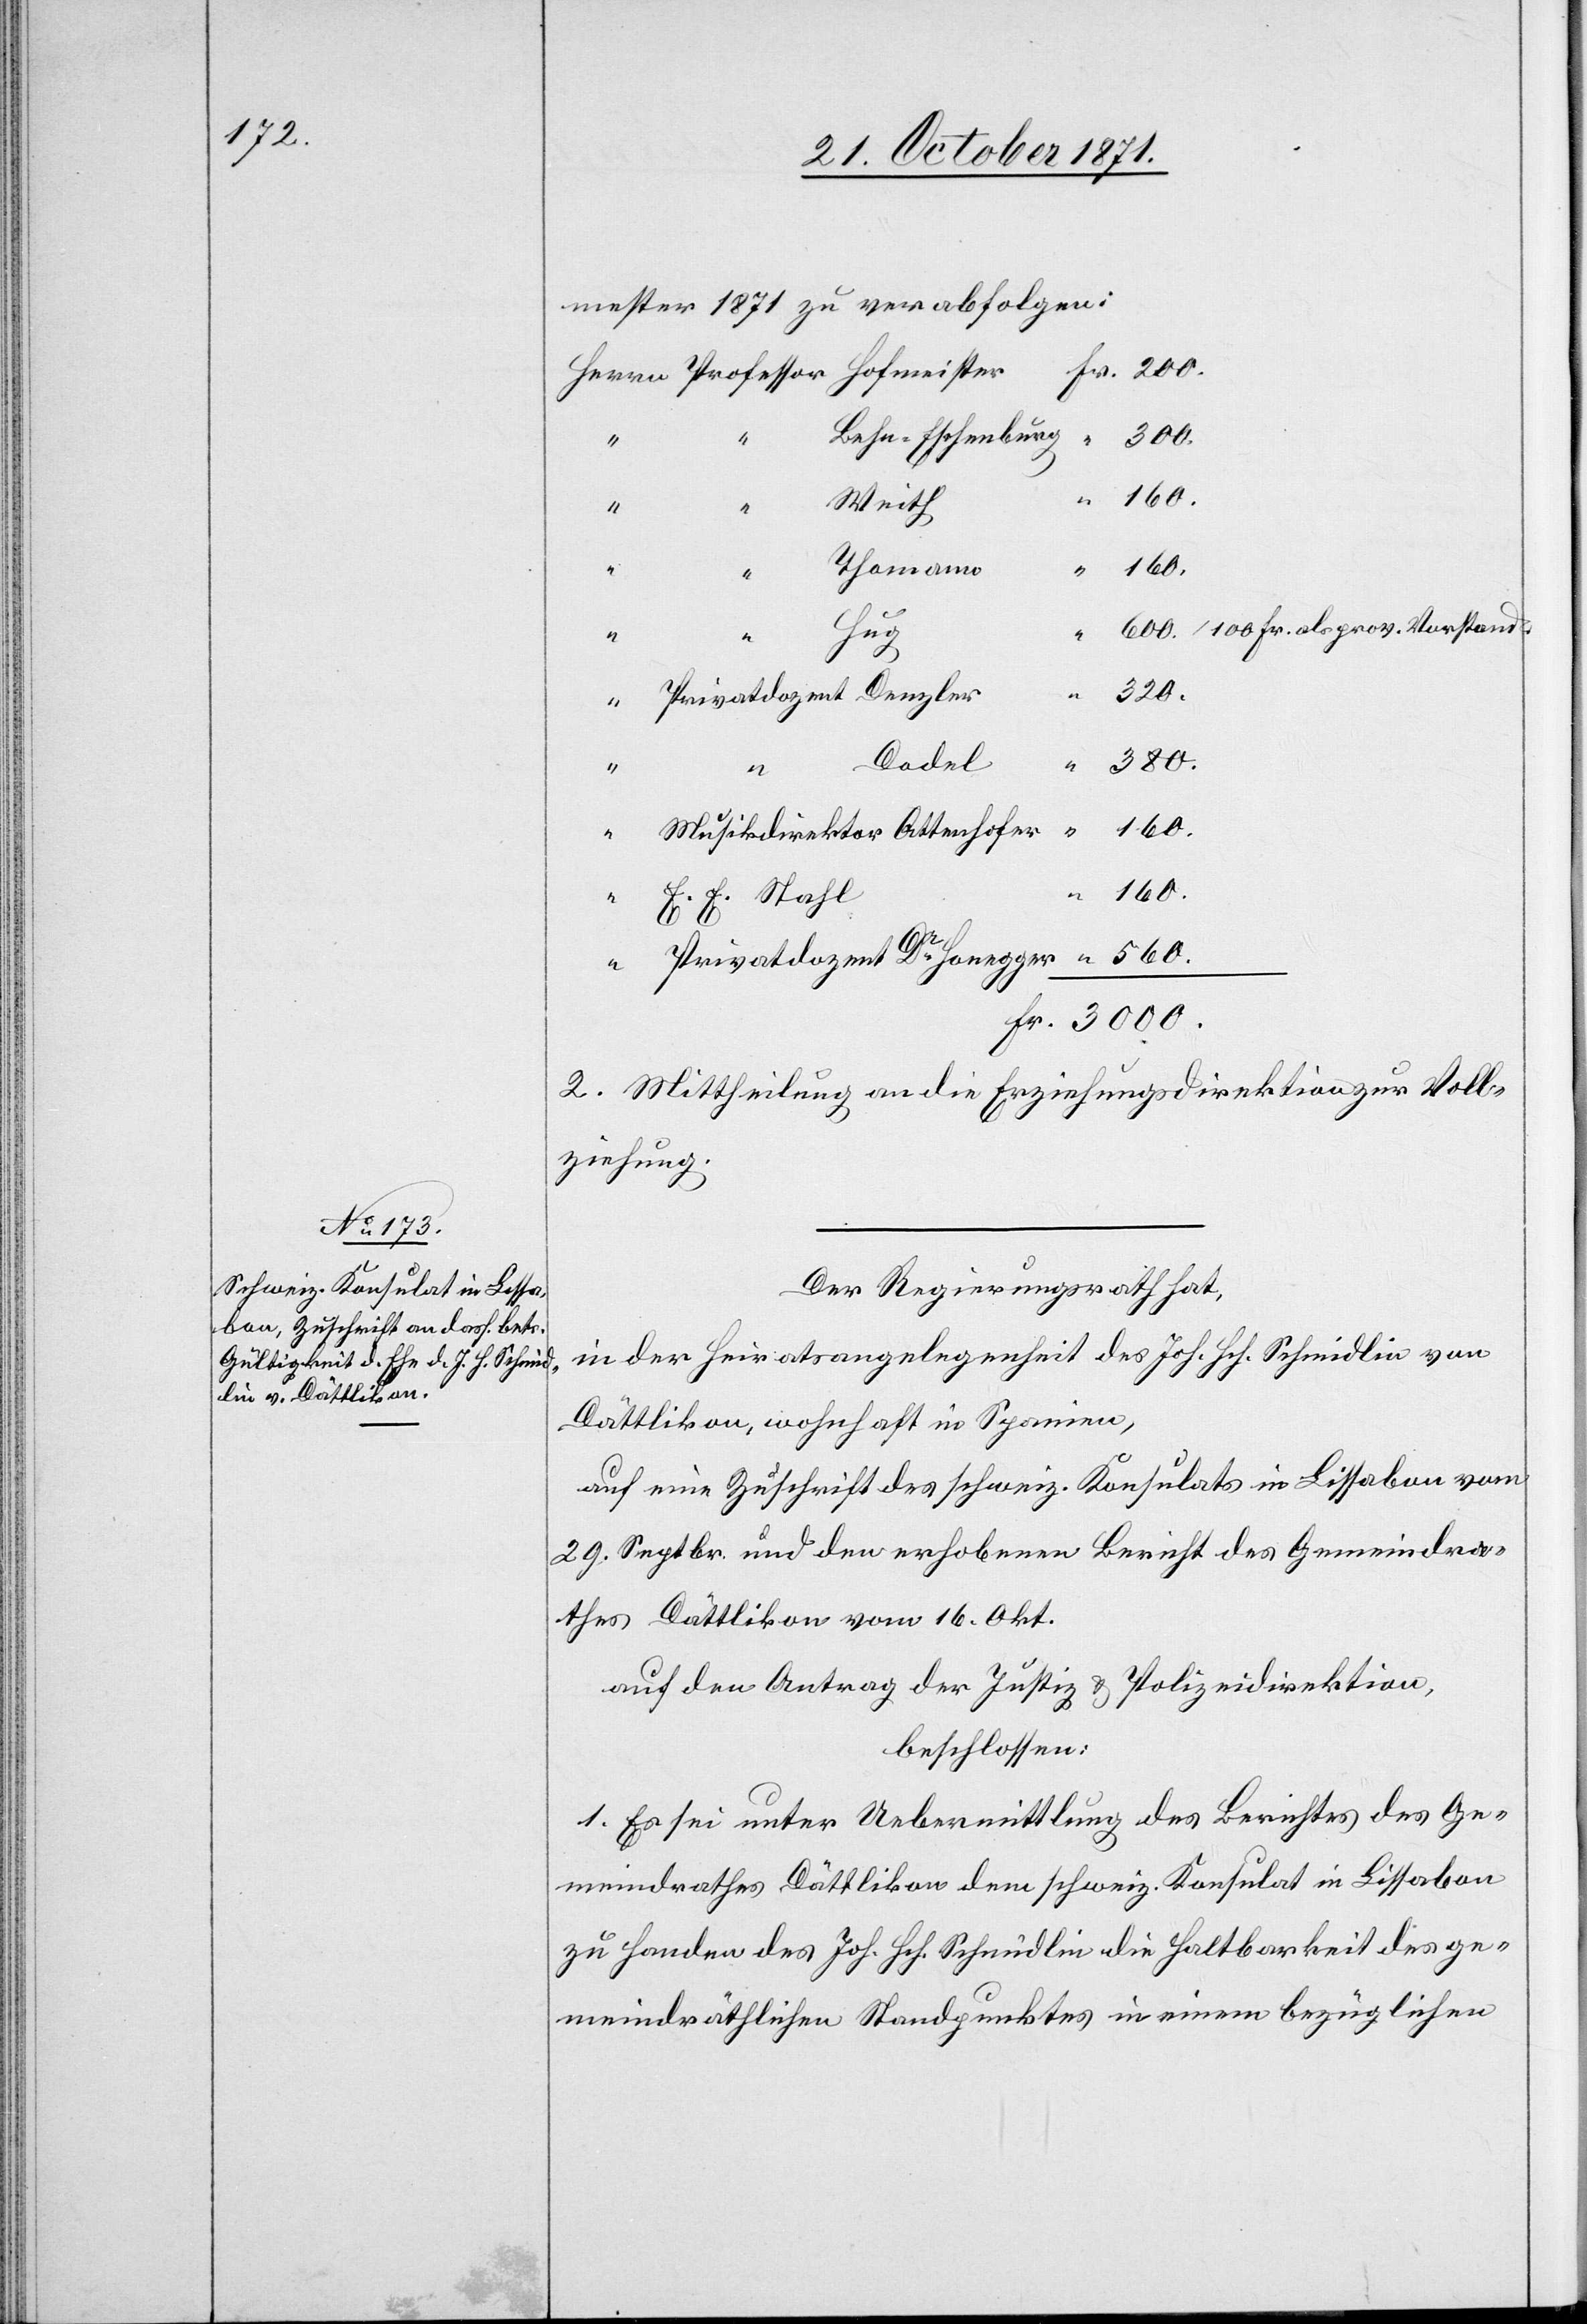
mester 1871 zu verabfolgen:
Behn-Eschenburg
“
3000.
160.
“
Weith
Thomann
160.
“
600. / 100 Fr. als prov. Vorstand.
Fr.
Dodel
380.
“
Honeg¬
“
560.
E. E. Stahl
2. Mittheilung an die Erziehungsdirektion zur Voll¬
ziehung.
Der Regierungsrath hat,
in der Heiratsangelegenheit des Joh. Hch. Schmidlin von
Dättlikon, wohnhaft in Spanien,
auf eine Zuschrift des schweiz. Konsulats in Lissabon vom
29. Septbr. und den erhobenen Bericht des Gemeindra¬
thes Dättlikon vom 16. Okt.
auf den Antrag der Justiz- & Polizeidirektion,
beschlossen:
1. Es sei unter Uebermittlung des Berichtes des Ge¬
meindrathes Dättlikon dem schweiz. Konsulat in Lissabon
zu Handen des Joh. Hch. Schmidlin die Haltbarkeit des ge¬
meindräthlichen Standpunktes in einem bezüglichen